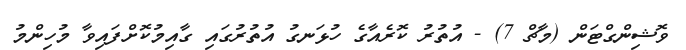
ވޮޝިންގްޓަން (މާޗް 7) - އުތުރު ކޮރެއާގެ ހުޅަނގު އުތުރުގައި ގާއިމުކޮށްފައިވާ މުހިންމު